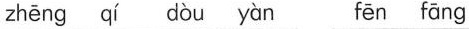
zhēng qí dòu yàn fēn fāng